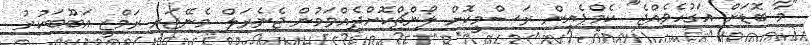
"މާ ބޮޑަށް އަގުހެވެއްޖެ" ކެމްޕެއިން ރަސްމީކޮށް ލޯންޗްކޮށްދެއްވަމުން ޖެނެރަލް މެނޭޖަރ ރަމްޒީ އަބޫބަކުރު